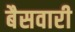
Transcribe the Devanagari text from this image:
बैसवारी